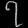
Digit: ၇